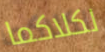
لكلاكما